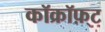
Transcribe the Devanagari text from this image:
कॉक्रॉफ़्ट